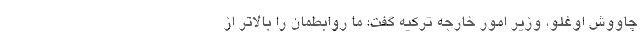
چاووش اوغلو، وزیر امور خارجه ترکیه گفت: ما روابطمان را بالاتر از